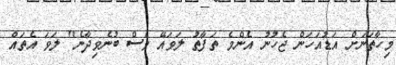
މިހާތަނަށް އަޑުއަހަން ޖެހުނު އެންމެ ތަފާތު ލަވައޭ ވެސް ބުނެވިދާނެ" ލަވަ އެތައް